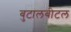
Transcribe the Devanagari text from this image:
बुटालबीटल